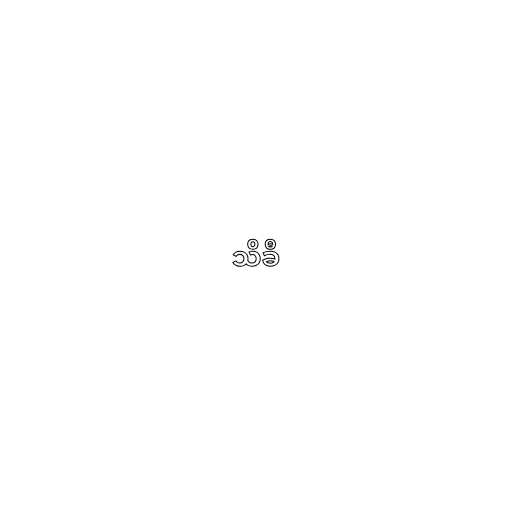
သိခီ